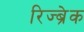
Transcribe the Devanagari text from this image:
रिज्ब्रेक